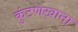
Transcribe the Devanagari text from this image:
कुंटणखाना